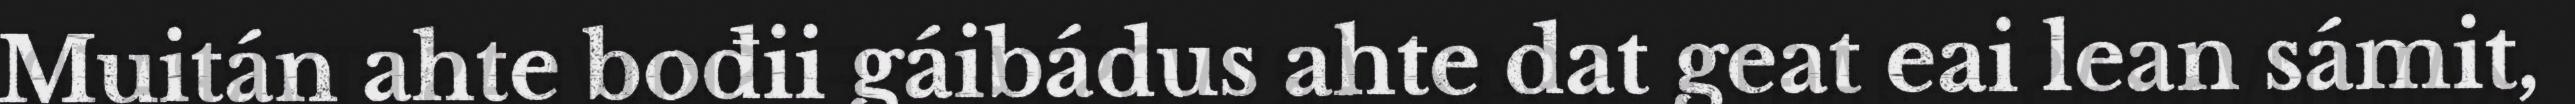
Muitán ahte bođii gáibádus ahte dat geat eai lean sámit,